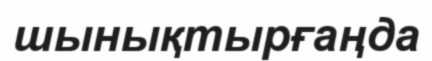
шынықтырғаңда